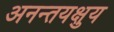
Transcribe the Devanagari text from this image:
अनन्तयक्षुय